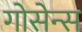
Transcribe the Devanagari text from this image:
गोसेन्स